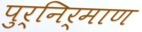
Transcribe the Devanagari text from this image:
पुर्निर्माण